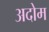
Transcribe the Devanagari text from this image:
अदोम